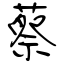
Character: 蔡